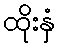
ထိုးနှံ